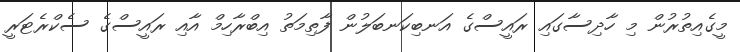
މީގެއިތުރުން މި ހާދިސާގައި ރައީސްގެ އަނބިކަނބަލުން ފާތިމަތު އިބްރާހިމް އާއި ރައީސްގެ ސެކްރެޓަރީ